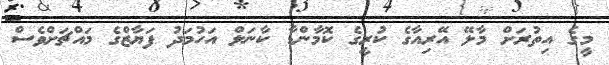
މީގެ އިތުރަށް މާލޭ އޭރިއާގެ ކުރީގެ ކޮމާންޑާ ކާނަލް އަހުމަދު ފަޔާޒްގެ މައްޗަށްވެސް